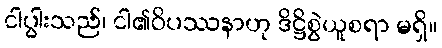
ငါပွါးသည်၊ ငါ၏ဝိပဿနာဟု ဒိဋ္ဌိစွဲယူစရာ မရှိ။